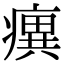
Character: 𤺆